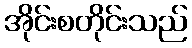
အိုင်းစတိုင်းသည်